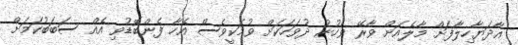
އާދަޔާހިލާފަށް މާލެއަށް ވާރޭ ވެހުނު ދުވަހަކަށް ވުމަކީވެސް އެހާ ފެންބޮޑުވި އެއް ސަބަބުކަމަށް